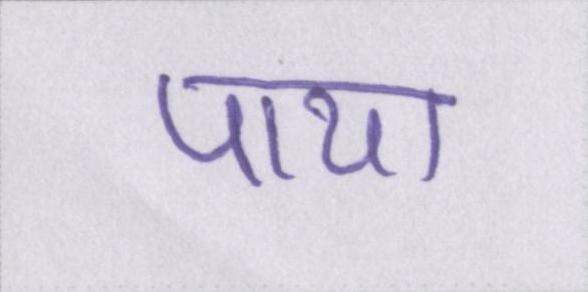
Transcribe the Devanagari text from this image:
पाया